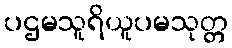
ပဌမသူရိယူပမသုတ္တ